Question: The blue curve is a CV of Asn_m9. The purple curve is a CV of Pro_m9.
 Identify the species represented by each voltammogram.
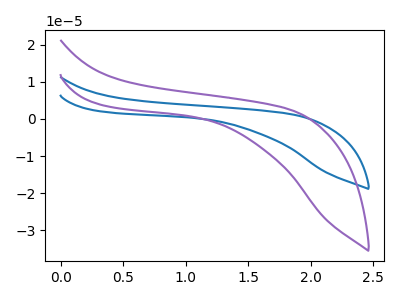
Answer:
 <answer>The blue curve is labeled "Asn_m9". The purple curve is labeled "Pro_m9".</answer>
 <eval></eval>